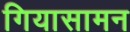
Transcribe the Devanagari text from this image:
गियासामन